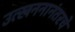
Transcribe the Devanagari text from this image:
उत्खननानंतरचे